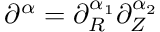
\partial ^ { \alpha } = \partial _ { R } ^ { \alpha _ { 1 } } \partial _ { Z } ^ { \alpha _ { 2 } }